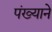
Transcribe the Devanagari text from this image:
पंख्याने